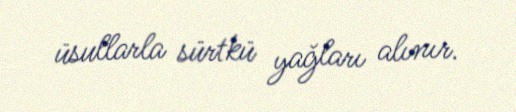
üsullarla sürtkü yağları alınır.